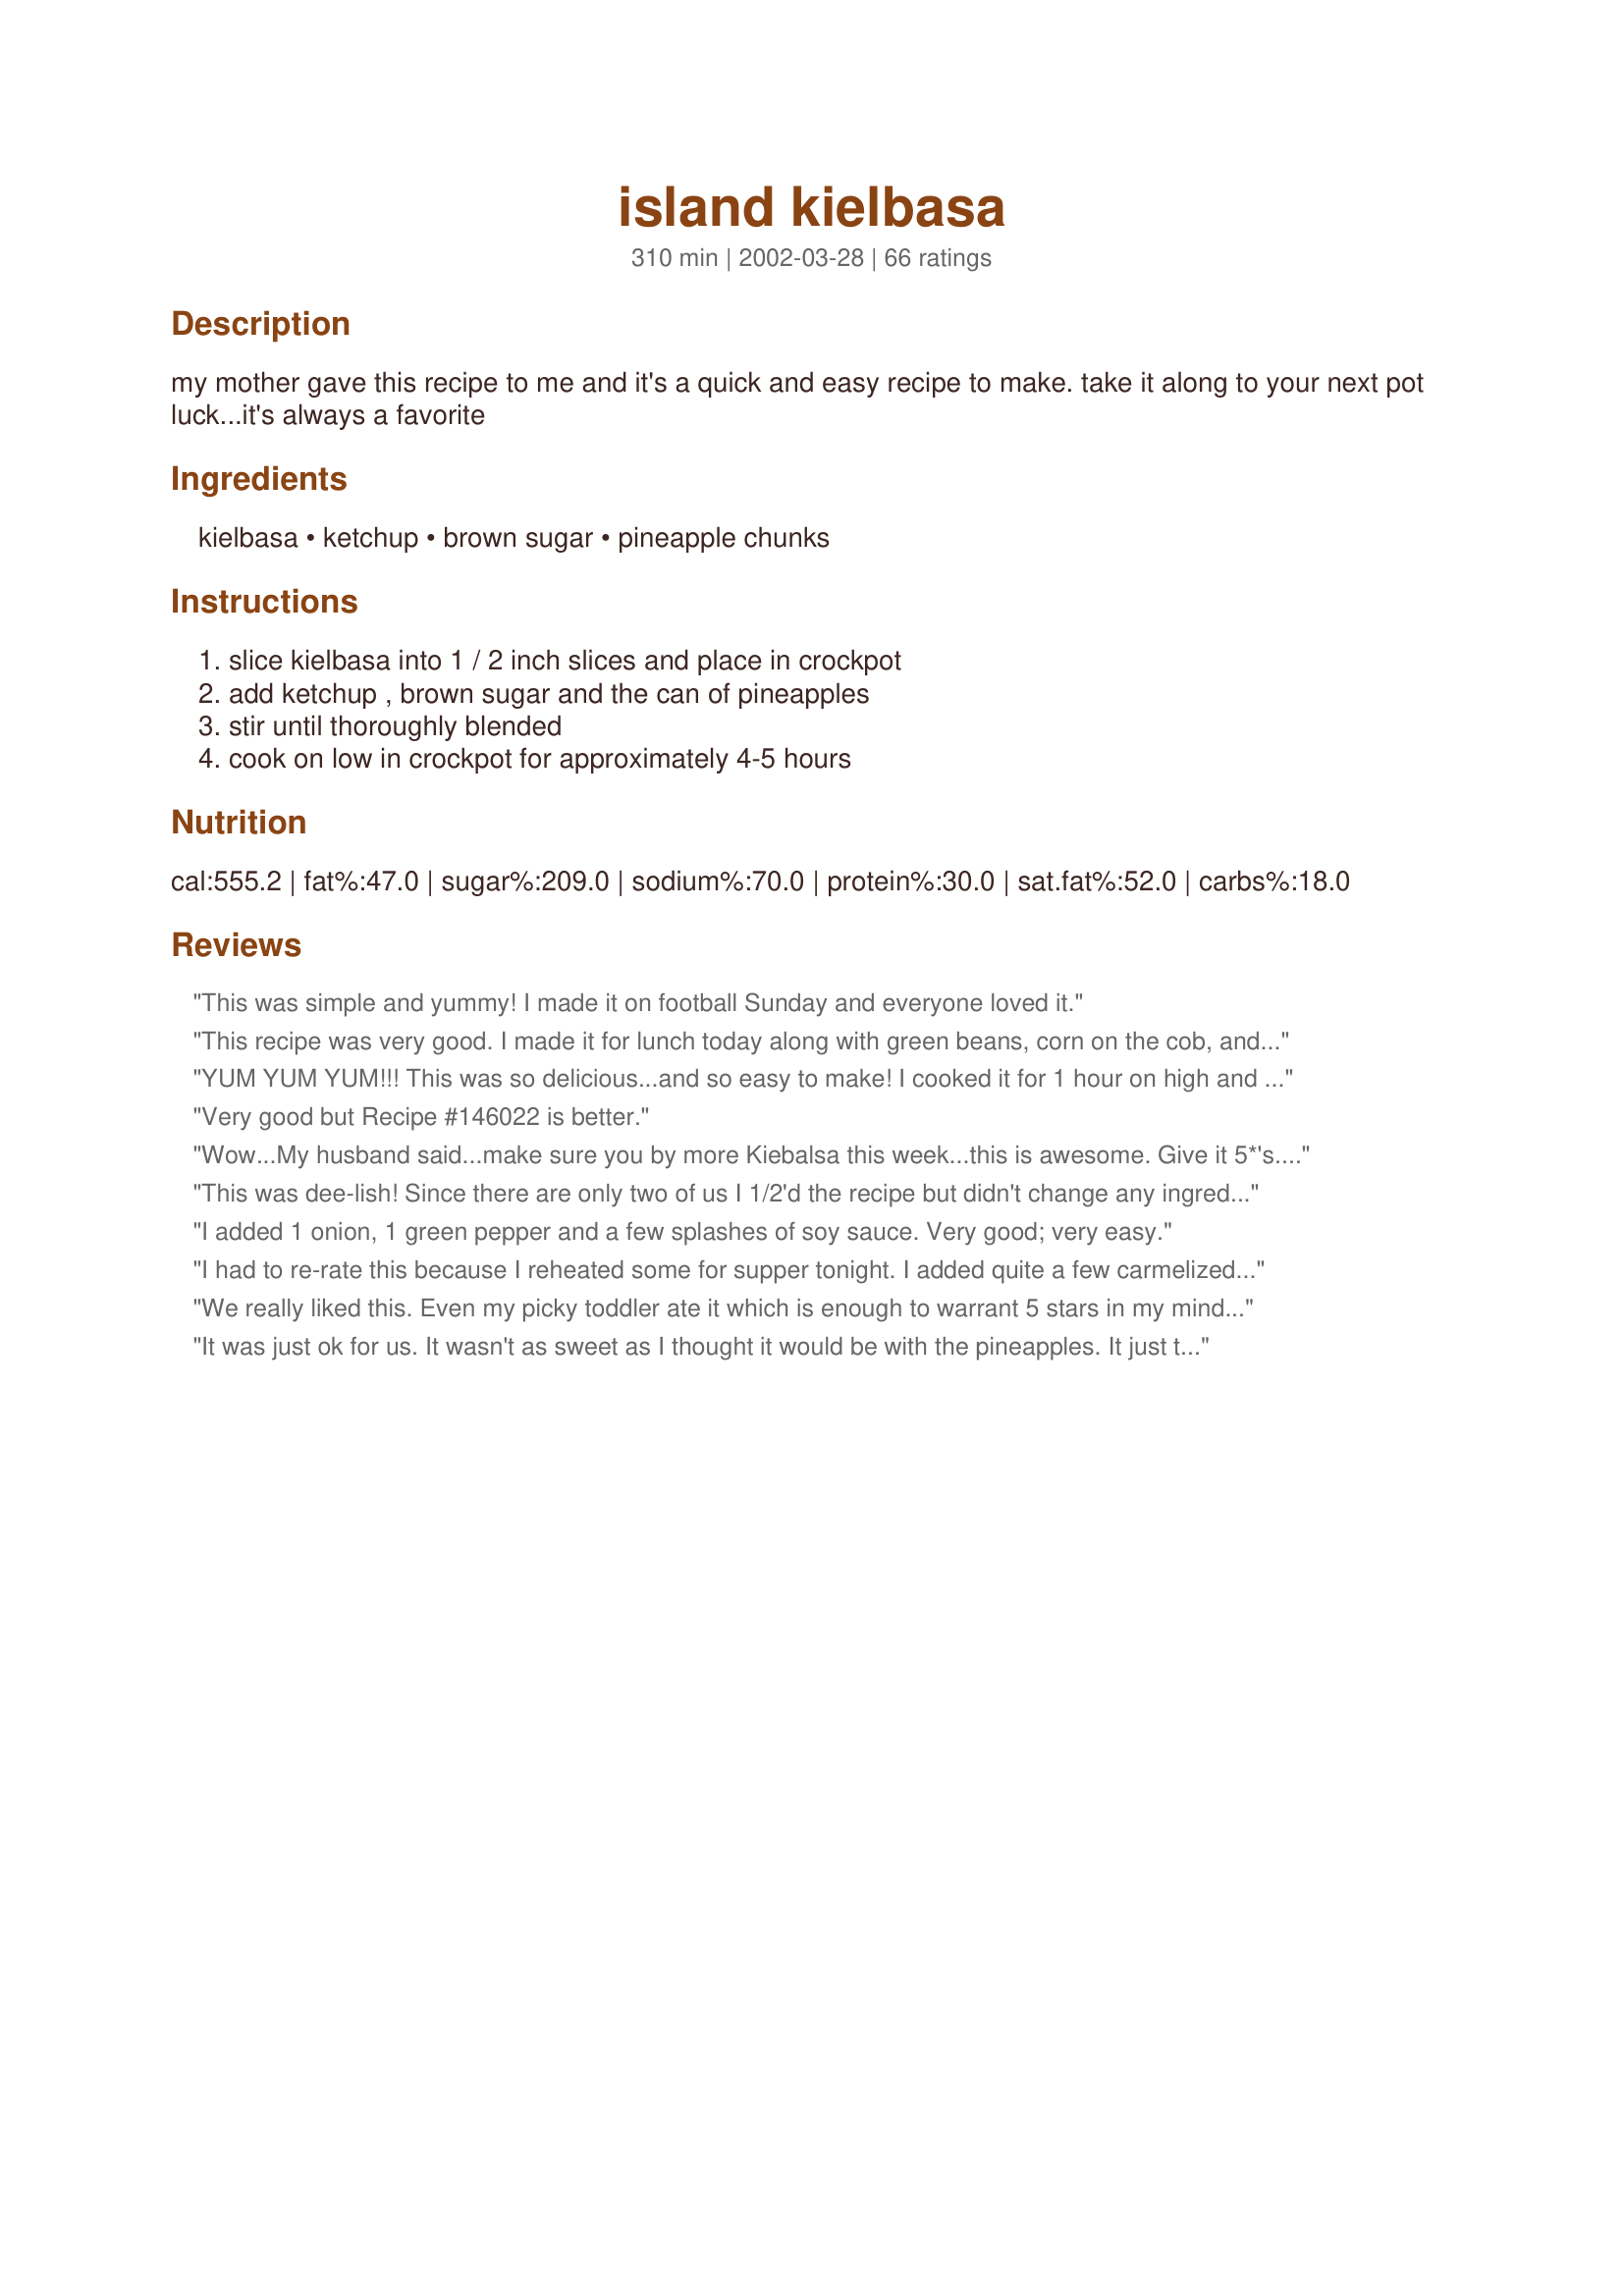
island kielbasa
Preparation time: 310 minutes

my mother gave this recipe to me and it's a quick and easy recipe to make. take it along to your next pot luck...it's always a favorite

Ingredients:
kielbasa, ketchup, brown sugar, pineapple chunks

Steps:
slice kielbasa into 1 / 2 inch slices and place in crockpot, add ketchup , brown sugar and the can of pineapples, stir until thoroughly blended, cook on low in crockpot for approximately 4-5 hours

Reviews:
This was simple and yummy! I made it on football Sunday and everyone loved it.
This recipe was very good. I made it for lunch today along with green beans, corn on the cob, and a salad. I cut the recipe in half and used Turkey sausage. I also did not have time to make this in the crockpot. I sauteed my sausage in a dash of olive oil and then once it was golden I added the rest of the ingredients to simmer on Low for 15 minutes. This is a keeper!
YUM YUM YUM!!! This was so delicious...and so easy to make! I cooked it for 1 hour on high and then 1 hour on low, and it was heated through and the flavors well-blended. Everyone in my family agrees that this was one of the tastiest kielbasa dishes they have ever had. We ate it as a main course with rice and veggies. I have a habit of only making the same recipe once or twice, so my husband told me "Please keep this one handy, and make it again!" Thanks for sharing!
Very good but Recipe #146022 is better.
Wow...My husband said...make sure you by more Kiebalsa this week...this is awesome.
Give it 5*'s...Please make this again soon...I didn't have any pineapple chunks so I added crushed pineapple. I also added 1 chopped sweet vidallia onion and 1 chopped sweet red pepper. I served this with a hot and spicy coconut rice and fresh peas. It was so yummy. Denise in NH thank you so much for sharing this lovely recipe.
This was dee-lish! Since there are only two of us I 1/2'd the recipe but didn't change any ingredients. This is definitely going in my "keep" file!
I added 1 onion, 1 green pepper and a few splashes of soy sauce. Very good; very easy.
I had to re-rate this because I reheated some for supper tonight. I added quite a few carmelized onions to the dish and my hubby said it was fabulous! Thanks again, Denise
We really liked this. Even my picky toddler ate it which is enough to warrant 5 stars in my mind! I only had 1 lb. of kielbasa, so I cut all ingredients in half except the pineapple, so mine had extra pineapple and juice. I liked it that way and would do it again. I served it over rice, but I can see where it would make a good appetizer for a party. I did measure my sugar a little scantly because of the complaints of being too sweet that I read on here. I also made sure that my pineapple was unsweetened. I'm thinking if you have sweetened pineapple you should probably cut back on the sugar.
It was just ok for us. It wasn't as sweet as I thought it would be with the pineapples. It just tasted like kielbasa with bbq sauce on it.
GREAT RECIPE! We thought it was too sweet the first time so we cut down the brown sugar to 1/2 cup, the ketchup to 1 1/2 cups and added a little chopped green pepper and we love it
This was a huge hit at our annual church "Luau". I will absolutely make this again!
Very good. Made for our Christmas Open House party and people liked it very much. I added sald & pepper.
we had a luau party for my sons bday and with the mixed reveiws i was unsure about cookin this for the party but it was really good just add a few extra spices!
I am currently in the process of making this dish. But so far it smells awesome and the small piece I did try is delicious. I&#039;m sure the fam will love this dish and it will be made several times now that summer is coming up.
this was just not something we enjoyed as a family. way too sweet and the saltiness of the keilbasa just didn't mesh well. I paired it with rice like others suggested but it still just didn't do much for us.
WOW!!! This was so quick and easy to put together and it was a huge hit at our annual 4th of July barbeque. I plugged the crockpot in out on the cottage porch and it was ready when our guests arrived. Thanks, Denise!
This was really good! WAY-SUPER easy and the sauce was a mix of barbecue-y, sweet, and tangy.
I'm normally not a big sausage/kielbasa fan. This though, was great! I actually halved it and cut the kielbasa into about 3-4 inch sections. I ate two sections when I normally eat only one. Thanks for posting this! It'll definately be on the menu again.
I made this for Dinner tonight in the crock pot and served over white rice. I did change the recipe slightly. I added onions & green peppers (just because I love them), I also used tomato sauce and ketchup, and 1 lb of the kielbasa was chipotle kielbasa. It was delicious! Though, a little too sweet for the Hubbeast. Next time I make it I will cut back on the brown sugar some to please his palate (it was fine for me though). Thank you for a yummy recipe!
Liked the sauce a lot. My 2yo loved it, and she's not a big meat eater. Can also cook the kielbasa per pkg directions and mix up the sauce and simmer the kielbasa for 30 minutes in a saucepan if you don't want to use your slow cooker.
Hi. I totally forgot to defrost anything last night for dinner, and was looking for something quick to make with my kielbasa. I remembered finding this recipe- I did make a change though. I cooked it on my stove top instead of a crockpot. Also omitted the pineapple due to picky dh. It was really good and favorful! Served it w/ corn & salads. Thanks for sharing!
I used a large can of tropical fruit (pineapple and papaya) And half the brown sugar. It came out fantastic. The papapya was sweet and delicious. I served it with with steamed rice. Plan to make often.
I made this to fill in with our holiday leftovers and it was a big hit! I have to say that my Dad (who is diabetic) was thrilled to eat this. I substituted Recipe #113825 Splenda Brown Sugar Substitute and my whole family enjoyed this dish. Thanks!
Not bad. A little too sweet though. I served it with rice to tone it down. Maybe a little less ketchup would help.
Thought this was a little too sweet. Perhaps some vinegar, some green pepper and some onion would even this out a bit. Thanks, though. Definitely an easy one!
This was excellent. I used 1 lb of Kielbasa and the a 20 ounce can of pinapple tidbits. I served it over rice. I will be making this often. It's great for my husband's "treat" days at work.
This stuff is great....try it with bottled chili sauce in place of the ketchup (use whole bottle). That is how I make it and we call it Sweet & Sour Kielbasa.
Awesome! Awesome! Awesome! I hate bbq and this was a great alternative. The whole family licked their fingers clean and we saved the leftover sauce and put it in a jar to add to other meals. Last week i used the sauce and cooked a pork roast for abot 8 jours in the crock-pot. Made excellent pulled pork sandwhiches! (hint...I add about 2 tbsp bbq sauce to mixture for a little tang...)
What a RAVE REVIEW!....I swear the entire neighborhood has now made this easy to prepare dish.....I made it last week and since then three of the neighbors have called for the recipe. It was a really hit....even my 12year old that doesn't like kielbasa said it was great. I served over rice. It was very good and so easy...I loved it!
Made this the first time it was way to sweet!
Cut back on the sugar and substituted barbeque sauce ( Sweet Baby Ray's ) for the ketcup the next time around, was more to our tastes.
Very good recipe!
This was good. I made this last night for dinner and my family liked it. The only thing I will do different next time is add less ketchup. I served this was buttered noodles and green beans and it made a nice meal for something different. Thank you for posting....Stephanie
This recipe was wonderful. I made for dinner and served over brown rice, but it would be a great addition for a potluck or BBQ. I took the advice of others, drained the pineapple juice, used 1/2 cup brown sugar, and used about 1/2 cup ketchup and 1 1/2 cups of BBQ sauce. Cooked in the slow cooker for 4 1/2 hours. Loved the end results! Thanks for posting. Will make and share again!
Pretty tasty Denise! I subbed turkey kielbasa for regular and halved the whole recipe. I really was hoping that the sauce would glaze over the pineapple and kielbasa though, as other recipes that use ketchup and brown sugar do. I think next time I might do this in a sauce pan so as to brown the kielbasa a bit. Super easy and tasty over white rice. Thanks!
I did not cook this exactly the way it said. But i got the idea for a new dinner that i'll cook many times more! I used BBQ sauce instead of ketchup and the whole recipe was cut down for only 2 people and I cooked everything in a skillet. YUMMMMY! Thanks!
Denise, this was a big hit at a recent Christmas get-together.
Thanks!!
Great idea!!! We loved it!!!
Pretty tasty. It definitely was easy and fast to put together. I used only a 1/2 pound of kielbasa, halved the ketchup & sugar, and used all the pineapple. It is VERY sweet. I think this sauce could easily be adapted as a sweet & sour type sauce in the crock pot for other things. I may try it with some chicken and veggies.
Hubby and I loved this! Hits the spot and super easy. The only change I made was to add some chopped onions and bellpepper. Might have to start using my crockpot more often! Next time might buy skinless kielbasa (personal preference).
Used 20 oz. crushed pineapples instead because that&#039;s what I had. Very good.
Loved this simple, easy dish. I made it for a work lunch and served it over rice. I liked it so much, I made it for us to nibble on during the Sunday football games. Tangy and sweet, but not too sweet. Thanks Denise.
This was great! Loved the "BBQ" sauce this made. Very easy to throw together. With the leftover sauce I put it over some cooked chicken breast tenderloins and placed it in the frig. It was a fantastic snack. Thanks Denise for sharing this. Can't wait to make it for the next potluck.
Yummy treat! I have made these alot for potluck events and end up with an empty crock every time. I sometimes have added a few shakes of pepper flakes to heat it up..yum. I bring long wooden skewers so guests can stab what they want. Easy and tasty!
husband really liked the flavor on these!
I hate it when I am the lone dissenter, giving low marks to a popular recipe...but honest reviews are what make this website successful.
You can't mess up this recipe, so I don't think the poor results were my fault. The finished dish was watery and just tasted like ketchup... a dish best suited to a five year old. Perhaps I would like it better with just the brown sugar, pineapple, drained and 1/2 cup ketchup or even chili sauce.
I'm glad everyone else enjoyed this recipe, and sorry that I have to give it low marks.
I've made this twice now and it has been enjoyed by all. Served over rice. My husbands response was how much more tender the kielbasa becomes when slow cooked. And it's not a tough meat to begin with, but this becomes fork tender. I may add some green pepper next time. Thanks for an easy idea!!
I made this for pot luck on bible study night at church. Every one raved about it and wanted it again. Thanks for posting.
I made this for a barbeque I was having, and EVERYONE loved it! Very good! Easy to prepare too!
I made these for my lunches at work. What a simple way to enjoy a light lunch. I also used a tropical blend of canned fruit (pineapple, papaya and mango).
tasty! even the non-kielbasa eaters ate this! I did cut back on the sugar like some have recommended. can't wait to make it for my next party. Thank you for sharing!
My mom used to make this all the time when we were little and we ate it with rice, because it was inexpensive. I had forgotten all about this, so now I will have to go make some.
My family and I loved these sweet and tangy sausages. I served the sausages and sauce over rice as a main dish. Very tasty, easy, and economical. Thanks Denise.
I've made this twice now. The first time I used packaged meatballs and this time I followed the recipe. It turned out a winner both times. Very good and sooo easy to make and best of all, no leftovers from the potluck! Thanks Denise, this ones a keeper.
I have to say that this dish had me wondering in the beginning if it was going to be any good. I went with my gutt and decided to make it. I am sure glad that I did. It is rather sweet, but put it over rice and it is a great meal. We sure did like it!
Very good, made it as a side for Easter dinner, everyone enjoyed. Thanks.
This was just to easy to make to be so delicious. I went to make this after work forgetting the time on how long it cooks. I ended up cooking this stovetop, under two hrs. My husband gave it a 10 star!
Very easy to prepare - used it for a superbowl snack.
I served this as an appy at my Christmas Eve party and it was a total hit! It was sweet, but a bit tangy as well. I cooked it on high for two hours in my crockpot, stirring once in awhile, and then just left it on warm the rest of the evening. This also reheats well for leftovers the next day. Thanks for posting!!
I had hubby make this for a party I couldn't attend. He doubled the recipe and it filled up the crockpot. He used one can of crushed pineapple and one can of pineapple chunks. It doesn't get any easier than this. All you have to do is cut the kielbasa and measure the ketchup and brown sugar. What more could you ask for? Everyone raved about it and the whole thing went! He was so proud of himself. There were no leftovers for me to try, so I'll be making this again at home this week! Thanks for the great recipe!
This was a winner! Now, everytime someone is having a casual party, I recommend it to them. It's so easy and grown-ups and kids alike love it. I get the longer toothpicks with the little plastic fringe stuff on the top and put some of the sausage out on a tray, run around (mingling!!), come back and put some more out to replenish the tray. I might try adding those little smoked sausages for variety next time. They don't even need cutting up. The sauce is great like a sweet and sour sauce but more sweet. "As is" makes a very economical dish (less than $10!) with absolutely no trouble in the preparation. It really doesn't take the whole 4-5 hours on low since kielbasa is already cooked. So, if you're in a pinch for time, probably a couple hours to warm through is enough and just leave it on low until they're gone! Thanks for another Good-n-EZ party food!
A little on the sweet side but I loved it! Ran out of kielbasa so ended up using some smoked sausage I had along with crushed pineapple instead of chunks. I had ALOT of sauce left over so I froze it... planning on throwing it on a ham I toss in the toaster oven someday!!!
Excellent "weekender" dish. It came out perfect. I too used some BBQ sauce with the catsup. The end result is wunderbar. This will last me until Tuesday at least. Absolutely delicious.
I am a big fan of this recipe. I love it mixed with plain white rice.
Maybe it's not fair to give this recipe only three stars, but I wasn't thrilled - it was VERY sweet, even with the addition of some onions and peppers to tone it down a bit. I will say that my husband and kids seemed to like it. Be sure to cook it for only the 4 1/2 hours cooking time specified - I did put it in the crockpot and left for work in the morning so it cooked for 8 hours - the sweet sauce was literally infused into the kielbasa and it sort of had a funny texture - this was my fault, though. I may try it again, monitor the cook time carefully and add some soy sauce as a similar recipe had this listed as one of the ingredients.
This gets 5 stars on the ease of making it alone! DS wasn't to crazy about the pineapple chunks but he's 13...what does he know? I loved the sauce.BF ate two plates of this and said that I could make it again. Thanks!
DH gives this 5 stars all the way. He gobbled most of it up the second it came out of the crockpot. I halved the recipe and cooked on low for 2 hours then kicked the temp up to high for the last 30 minutes. Served over rice. Inexpensive and really easy. It only cost $3.78 to buy the things I didn't have on hand. I will be making this again very soon!
This was super easy and good! As suggested by previous reviews, I used less sugar (about 2/3 the amount called for) and added some chopped onion and bell pepper. I served it over brown rice. The sauce tasted like the "Hawaiian chicken" at my favorite Chinese restaurant! Hubby wasn't a big fan of the pineapple chunks, so if I'm making it for just us, I'll try crushed pineapple next time.
